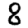
Digit: 8